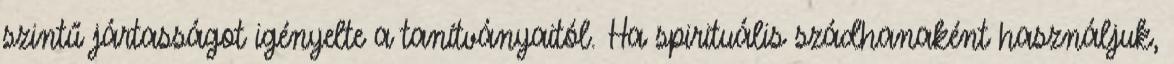
szintű jártasságot igényelte a tanítványaitól. Ha spirituális szádhanaként használjuk,